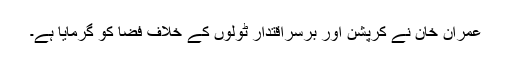
عمران خان نے کرپشن اور برسراقتدار ٹولوں کے خلاف فضا کو گرمایا ہے۔